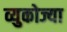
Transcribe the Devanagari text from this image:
व्युकोज्या